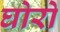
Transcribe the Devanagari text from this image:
घोरो